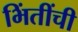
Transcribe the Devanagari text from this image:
भिंतींची